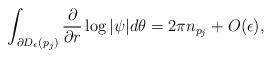
\begin{align*}\int_{\partial D_\epsilon(p_j)}\frac{\partial}{\partial r}\log|\psi|d\theta=2\pi n_{p_j}+O(\epsilon),\end{align*}